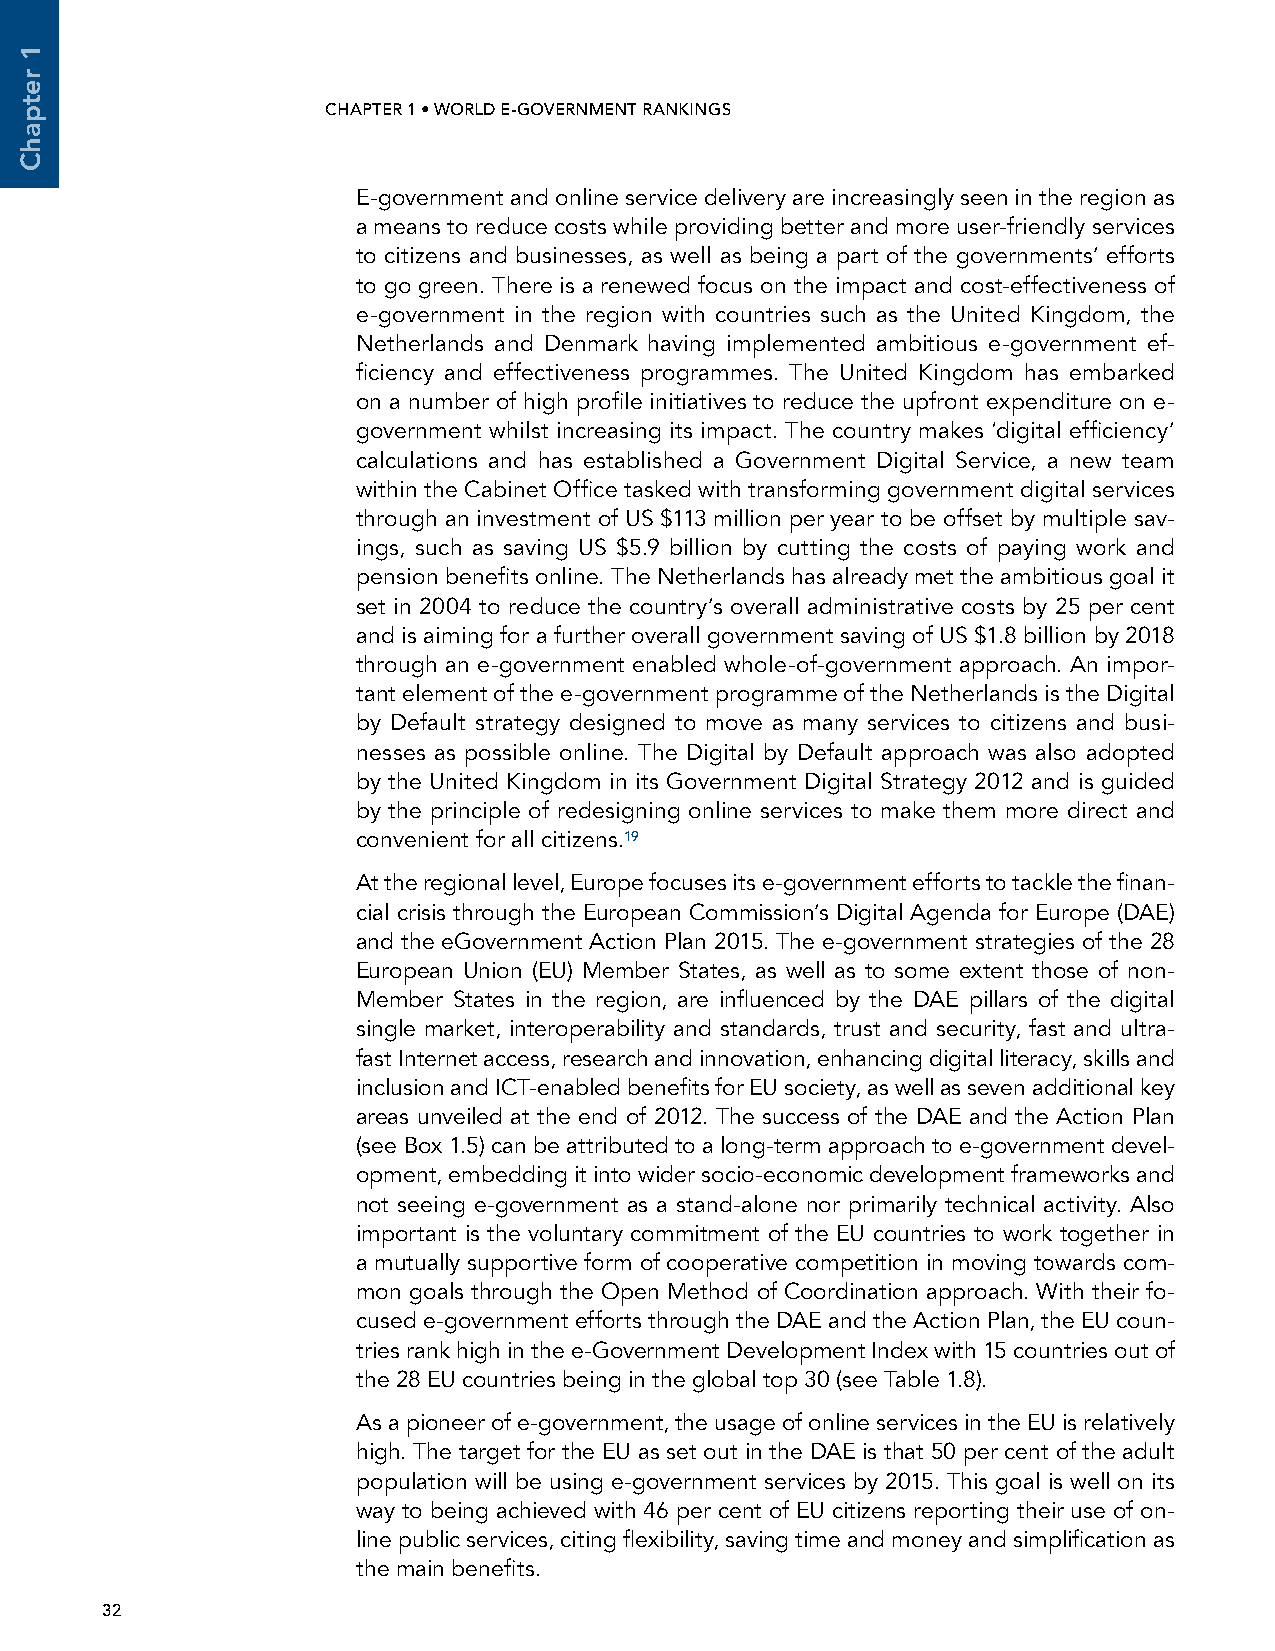
CHAPTER 1 • WORLD E-GOVERNMENT RANKINGS                                                            UNITED NATIONS E-GOVERNMENT SURVEY 2014
 E-government and online service delivery are increasingly seen in the region as
 a means to reduce costs while providing better and more user-friendly services
 to citizens and businesses, as well as being a part of the governments’ efforts
 to go green. There is a renewed focus on the impact and cost-effectiveness of
 e-government in the region with countries such as the United Kingdom, the
 Netherlands and Denmark having implemented ambitious e-government ef-
 ficiency and effectiveness programmes. The United Kingdom has embarked
 on a number of high profile initiatives to reduce the upfront expenditure on e-
 government whilst increasing its impact. The country makes ‘digital efficiency’
 calculations and has established a Government Digital Service, a new team
 within the Cabinet Office tasked with transforming government digital services
 through an investment of US $113 million per year to be offset by multiple sav-
 ings, such as saving US $5.9 billion by cutting the costs of paying work and
 pension benefits online. The Netherlands has already met the ambitious goal it
 set in 2004 to reduce the country’s overall administrative costs by 25 per cent
 and is aiming for a further overall government saving of US $1.8 billion by 2018
 through an e-government enabled whole-of-government approach. An impor-
 tant element of the e-government programme of the Netherlands is the Digital
 by Default strategy designed to move as many services to citizens and busi-
 nesses as possible online. The Digital by Default approach was also adopted
 by the United Kingdom in its Government Digital Strategy 2012 and is guided
 by the principle of redesigning online services to make them more direct and
 convenient for all citizens.19
 At the regional level, Europe focuses its e-government efforts to tackle the finan-
 cial crisis through the European Commission’s Digital Agenda for Europe (DAE)
 and the eGovernment Action Plan 2015. The e-government strategies of the 28
 European Union (EU) Member States, as well as to some extent those of non-
 Member States in the region, are influenced by the DAE pillars of the digital
 single market, interoperability and standards, trust and security, fast and ultra-
 fast Internet access, research and innovation, enhancing digital literacy, skills and
 inclusion and ICT-enabled benefits for EU society, as well as seven additional key
 areas unveiled at the end of 2012. The success of the DAE and the Action Plan
 (see Box 1.5) can be attributed to a long-term approach to e-government devel-
 opment, embedding it into wider socio-economic development frameworks and
 not seeing e-government as a stand-alone nor primarily technical activity. Also
 important is the voluntary commitment of the EU countries to work together in
 a mutually supportive form of cooperative competition in moving towards com-
 mon goals through the Open Method of Coordination approach. With their fo-
 cused e-government efforts through the DAE and the Action Plan, the EU coun-
 tries rank high in the e-Government Development Index with 15 countries out of
 the 28 EU countries being in the global top 30 (see Table 1.8).
 As a pioneer of e-government, the usage of online services in the EU is relatively
 high. The target for the EU as set out in the DAE is that 50 per cent of the adult
 population will be using e-government services by 2015. This goal is well on its
 way to being achieved with 46 per cent of EU citizens reporting their use of on-
 line public services, citing flexibility, saving time and money and simplification as
 the main benefits.
 32
 1
 retpahC